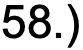
58.)